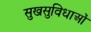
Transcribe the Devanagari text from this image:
सुखसुविधाओं